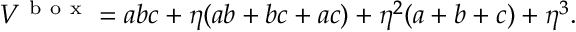
V ^ { \mathrm { ~ b ~ o ~ x ~ } } = a b c + \eta ( a b + b c + a c ) + \eta ^ { 2 } ( a + b + c ) + \eta ^ { 3 } .